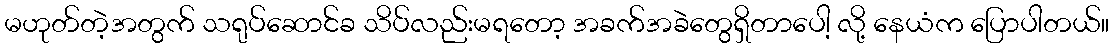
မဟုတ်တဲ့အတွက် သရုပ်ဆောင်ခ သိပ်လည်းမရတော့ အခက်အခဲတွေရှိတာပေါ့ လို့ နေယံက ပြောပါတယ်။